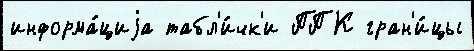
информа́циjа табл'и́чк'и ППК гран'и́цы